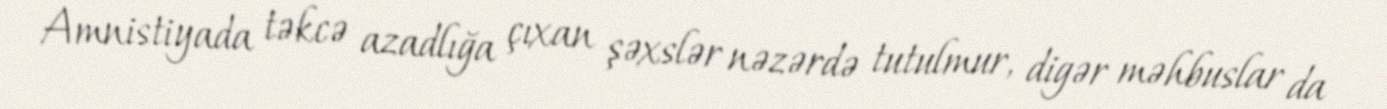
Amnistiyada təkcə azadlığa çıxan şəxslər nəzərdə tutulmur, digər məhbuslar da